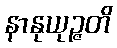
နာနုယုဉ္ဇတိ